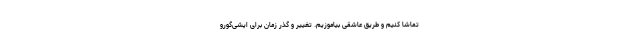
تماشا کنیم و طریق عاشقی بیاموزیم. تغییر و گذر زمان برای ایشی‌گورو